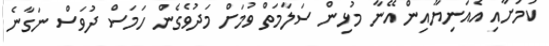
ކަމަށާއި އެއަނިޔާއިން އޭނާ މުޅިން ސަލާމަތް ވުމަށް މަދުވެގެން ހަމަސް ދުވަސް ނަގާނެ